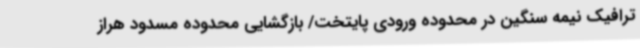
ترافیک نیمه سنگین در محدوده ورودی پایتخت/ بازگشایی محدوده مسدود هراز